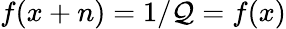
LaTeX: f(x+n)=1/\mathcal{Q}=f(x)